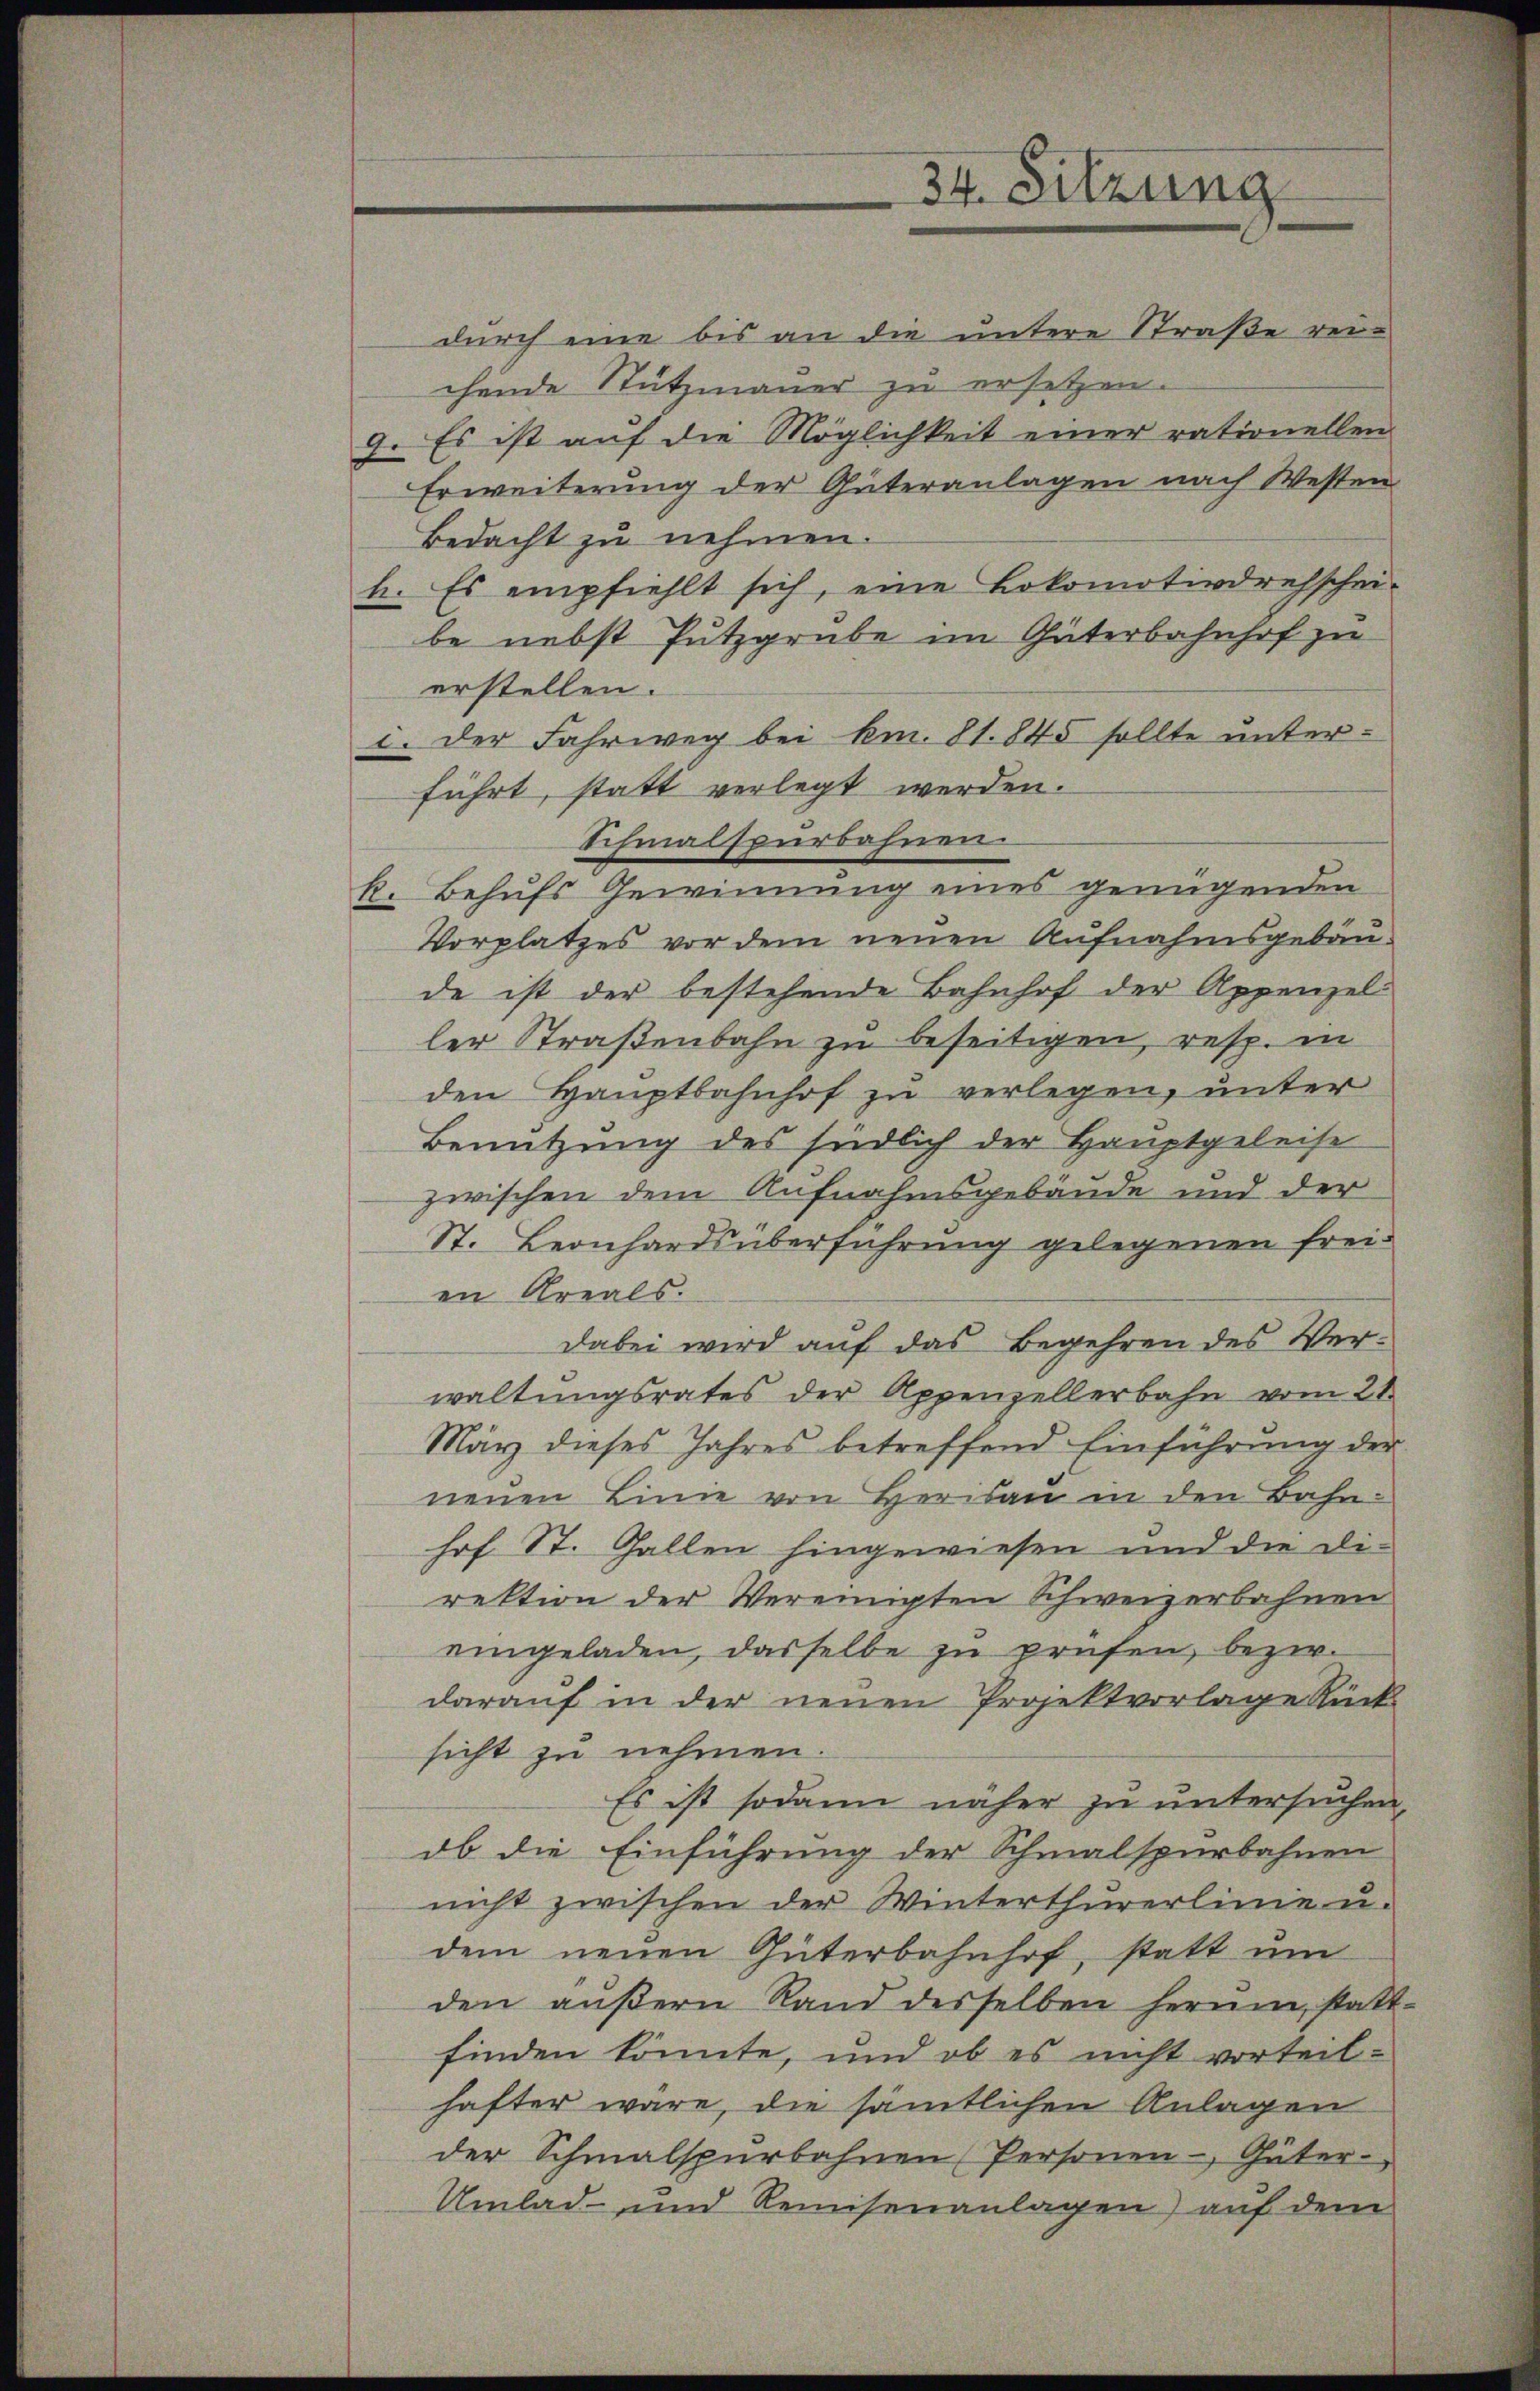
34. Sitzung

durch eine bis an die untere Straße rei-
chende Stützmauer zu ersetzen.
9. Es ist auf die Möglichkeit einer rationellen
Erweiterung der Güteranlagen nach Westen
Bedacht zu nehmen.
h. Es empfiehlt sich, eine Lokomotivdresschei-
be nebst Putzgrube im Güterbahnhof zu
erstellen.
i. der Fahrweg bei km. 81. 845 sollte unterführt, statt verlegt werden.
Schmalspurbahnen
k. Behufs Gewinnung eines genügenden
Vorplatzes vor dem neuen Aufnahmsgebäude ist der bestehende Bahnhof der Appenzel
ler Straßenbahn zu beseitigen, resp. in
den Hauptbahnhof zu verlegen, unter
Benützung des südlich der Hauptgeleise
zwischen dem Aufnahmsgebäude und der
St. Leonhardsüberführung gelegenen frei-
en Areals.
dabei wird auf das Begehren des Verwaltungsrates der Appenzellerbahn vom 21.
März dieses Jahres betreffend Einführung der
neuen Linie von Herisau in den Bahnhof St. Gallen hingewiesen und die Di-
rektion der Vereinigten Schweizerbahnen
eingeladen, dasselbe zu prüfen, bezw.
darauf in der neuen Projektvorlage Rück-
sicht zu nehmen.
Es ist sodann näher zu untersuchen,
ob die Einführung der Schmalspurbahnen
nicht zwischen der Winterthurerlinie u.
dem neŭen Güterbahnhof, statt ŭm
den aŭβern Rand desselben herum, statt-
finden könnte, und ob es nicht vorteil-
hafter wäre, die sämtlichen Anlagen
der Schmalspurbahnen Personen Güter-
Umlad- und Remisenanlagen) auf dem